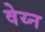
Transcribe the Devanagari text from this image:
वेय्न